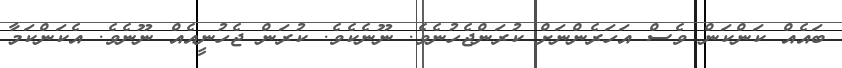
ބައެއް ކަންކަން ވެސް އަހަރެންނަށް ކުރަންޖެހުނެވެ. ނޫނެކެވެ. ކުރަން ޖެހުނީއެއް ނޫނެވެ. އެކަންކަމާ